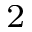
^ 2